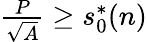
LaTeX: \begin{array}{r}{\frac{P}{\sqrt{A}}\geq s_{0}^{*}(n)}\end{array}